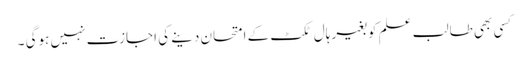
کسی بھی طالب علم کو بغیر ہال ٹکٹ کے امتحان دینے کی اجازت نہیں ہوگی ۔